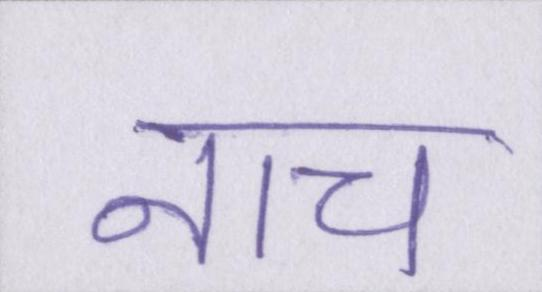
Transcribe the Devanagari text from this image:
नाच